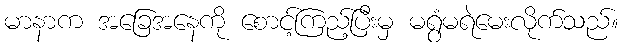
မာနာက အခြေအနေကို စောင့်ကြည့်ပြီးမှ မရွံမရဲမေးလိုက်သည်။